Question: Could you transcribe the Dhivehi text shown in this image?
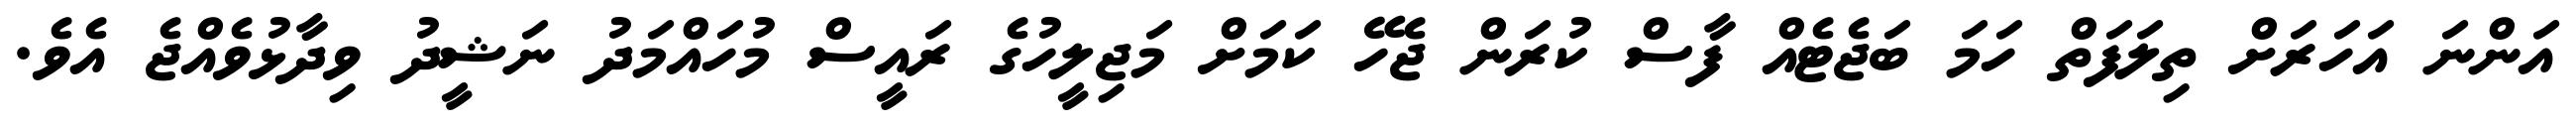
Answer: އަންނަ އަހަރަށް ތިލަފަތް ހަމަ ބަޖެޓެއް ފާސް ކުރަން ޖެހޭ ކަމަށް މަޖިލީހުގެ ރައީސް މުހައްމަދު ނަޝީދު ވިދާޅުވެއްޖެ އެވެ.